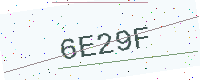
Text: 6E29F